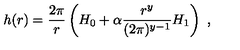
h ( r ) = \frac { 2 \pi } r \left( H _ { 0 } + \alpha \frac { r ^ { y } } { ( 2 \pi ) ^ { y - 1 } } H _ { 1 } \right) \ ,